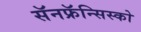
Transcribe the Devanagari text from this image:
सॅनफ्रॅन्सिस्को